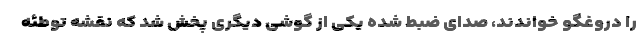
را دروغگو خواندند، صدای ضبط شده یکی از گوشی دیگری پخش شد که نقشه توطئه